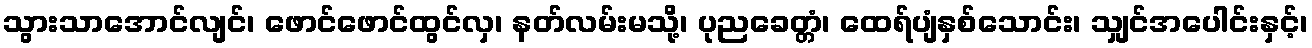
သွားသာအောင်လျင်၊ ဖောင်ဖောင်ထွင်လှ၊ နတ်လမ်းမသို့၊ ပုညခေတ္တံ၊ ထေရ်ပျံနှစ်သောင်း၊ သျှင်အပေါင်းနှင့်၊